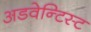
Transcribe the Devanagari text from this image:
अडवेन्टिस्ट